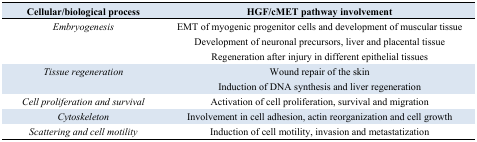
| Cellular/biological process | HGF/cMET pathway involvement |
 | --- | --- |
 | Embryogenesis | EMT of myogenic progenitor cells and development of muscular tissueDevelopment of neuronal precursors, liver and placental tissueRegeneration after injury in different epithelial tissues |
 | Tissue regeneration | Wound repair of the skinInduction of DNA synthesis and liver regeneration |
 | Cell proliferation and survival | Activation of cell proliferation, survival and migration |
 | Cytoskeleton | Involvement in cell adhesion, actin reorganization and cell growth |
 | Scattering and cell motility | Induction of cell motility, invasion and metastatization |